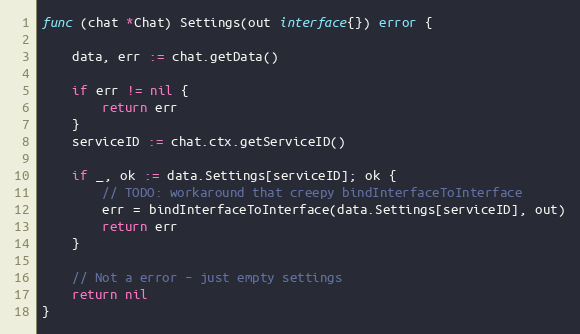
Language: Go
func (chat *Chat) Settings(out interface{}) error {

	data, err := chat.getData()

	if err != nil {
		return err
	}
	serviceID := chat.ctx.getServiceID()

	if _, ok := data.Settings[serviceID]; ok {
		// TODO: workaround that creepy bindInterfaceToInterface
		err = bindInterfaceToInterface(data.Settings[serviceID], out)
		return err
	}

	// Not a error – just empty settings
	return nil
}